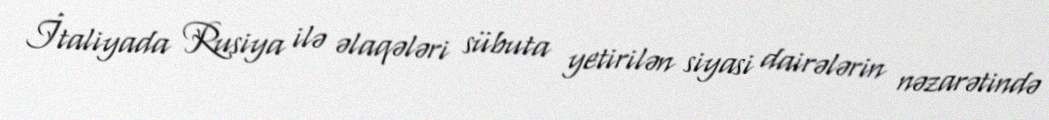
İtaliyada Rusiya ilə əlaqələri sübuta yetirilən siyasi dairələrin nəzarətində